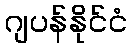
ဂျပန်နိုင်ငံ